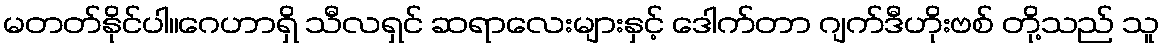
မတတ်နိုင်ပါ။ဂေဟာရှိ သီလရှင် ဆရာလေးများနှင့် ဒေါက်တာ ဂျက်ဒီဟိုးဗစ် တို့သည် သူ